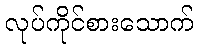
လုပ်ကိုင်စားသောက်